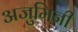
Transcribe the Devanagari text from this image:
अजुमिनी